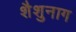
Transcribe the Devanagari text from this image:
शैशुनाग